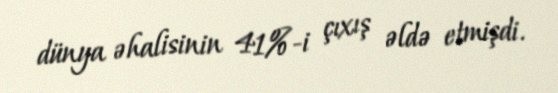
dünya əhalisinin 41%-i çıxış əldə etmişdi.